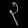
Digit: ၃